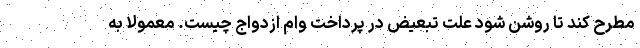
مطرح کند تا روشن شود علت تبعیض در پرداخت وام ازدواج چیست. معمولا به